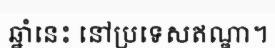
ឆ្នាំនេះ នៅប្រទេសឥណ្ឌា។